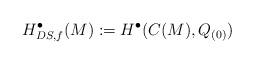
LaTeX: \begin{align*}H^\bullet_{DS,f}(M):=H^{\bullet}(C(M),Q_{(0)})\end{align*}